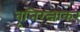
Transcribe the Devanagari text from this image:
वृत्तिरत्नाकर